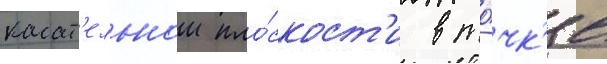
касат'ельнои пло́скост'и в то́чк'е